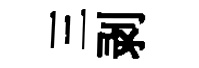
三剥